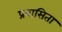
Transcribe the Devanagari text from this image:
प्रवासिता